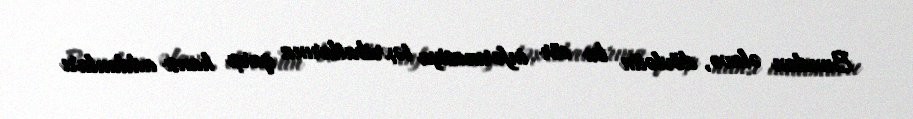
Bundan əlavə, dövlətin bu cür informasiya təxribatlarına qarşı hansı addımları